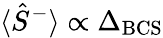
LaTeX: \langle\hat{S}^{-}\rangle\propto\Delta_{\mathrm{BCS}}